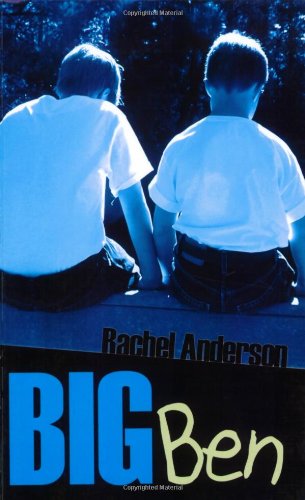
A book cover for Big Ben; Rachel Anderson; Health, Fitness & Dieting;